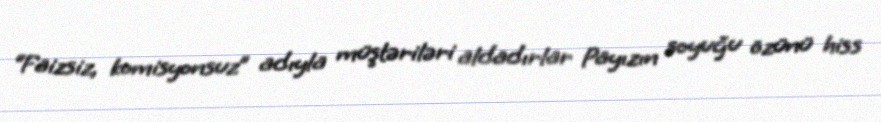
“Faizsiz, komisyonsuz” adıyla müştəriləri aldadırlar Payızın soyuğu özünü hiss